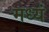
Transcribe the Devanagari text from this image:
मध्यं